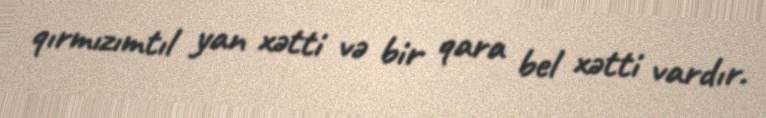
qırmızımtıl yan xətti və bir qara bel xətti vardır.